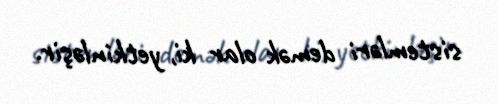
sistemləri demək olar ki, yetkinləşir.